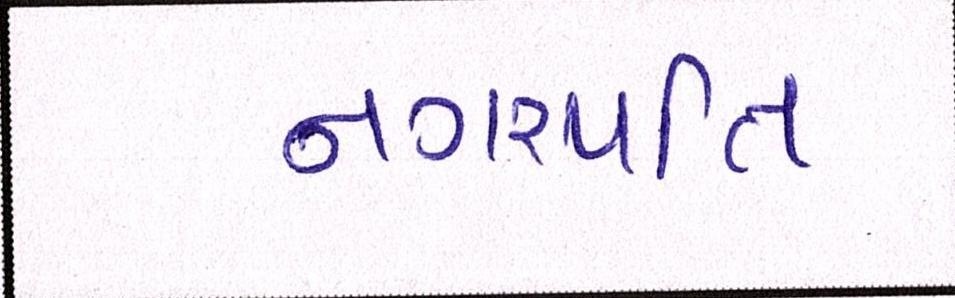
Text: નગરપતિ